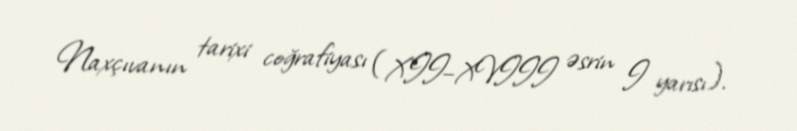
Naxçıvanın tarixi coğrafiyası (XII–XVIII əsrin I yarısı).